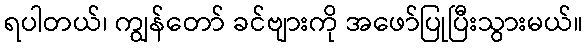
ရပါတယ်၊ ကျွန်တော် ခင်ဗျားကို အဖော်ပြုပြီးသွားမယ်။